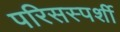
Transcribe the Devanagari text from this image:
परिसस्पर्शी